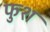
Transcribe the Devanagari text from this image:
फुश